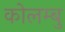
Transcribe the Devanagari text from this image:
कोलम्बु